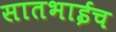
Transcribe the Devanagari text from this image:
सातभाईच